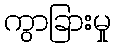
ကွာခြားမှု